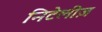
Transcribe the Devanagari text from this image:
निटेलीज़